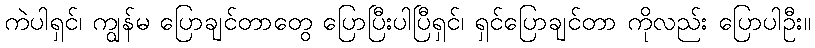
ကဲပါရှင်၊ ကျွန်မ ပြောချင်တာတွေ ပြောပြီးပါပြီရှင်၊ ရှင်ပြောချင်တာ ကိုလည်း ပြောပါဦး။